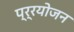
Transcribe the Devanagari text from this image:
प्र्रयोजन